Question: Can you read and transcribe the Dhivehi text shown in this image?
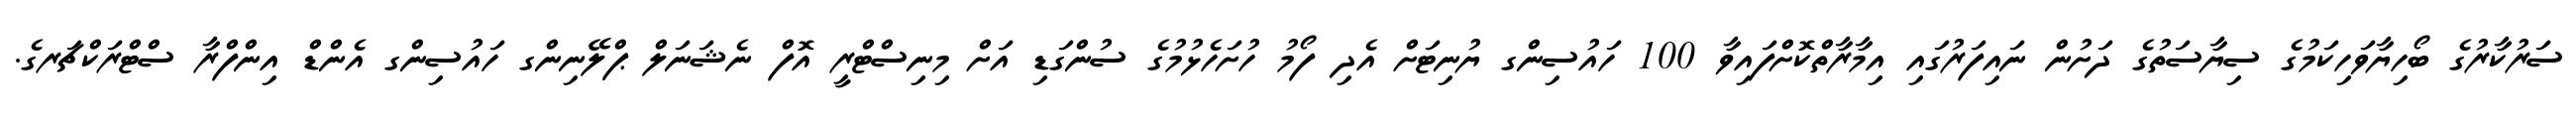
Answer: ސަރުކާރުގެ ބޯހިޔާވަހިކަމުގެ ސިޔާސަތުގެ ދަށުން ނައިފަރުގައި އިމާރާތްކޮށްފައިވާ 100 ހައުސިންގ ޔުނިޓަށް އެދި ފޯމު ހުށަހެޅުމުގެ ސުންގަޑި އަށް މިނިސްޓްރީ އޮފް ނެޝަނަލް ޕްލޭނިންގ ހައުސިންގ އެންޑް އިންފްރާ ސްޓްރަކްޗަރގެ.